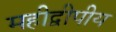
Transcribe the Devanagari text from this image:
महीद्वीपीय